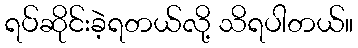
ရပ်ဆိုင်းခဲ့ရတယ်လို့ သိရပါတယ်။